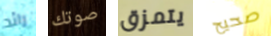
رائد صوتك يتمزق صحيح